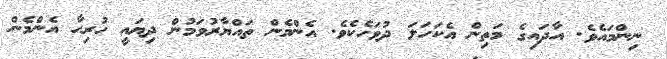
ނިންމައެވެ. އާދައިގެ މަތިން އެކަހަލަ ދުވަހެކެވެ. އެންމެން ތައްޔާރުވަމުން ދިޔައީ ހުރިހާ އެންމެން